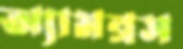
অ্যামব্রস